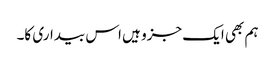
ہم بھی ایک جزو ہیں اس بیداری کا۔